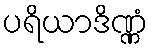
ပရိယာဒိဏ္ဏံ